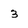
Character: 3